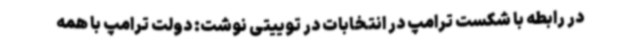
در رابطه با شکست ترامپ در انتخابات در توییتی نوشت: دولت ترامپ با همه